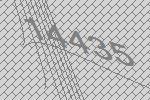
14435